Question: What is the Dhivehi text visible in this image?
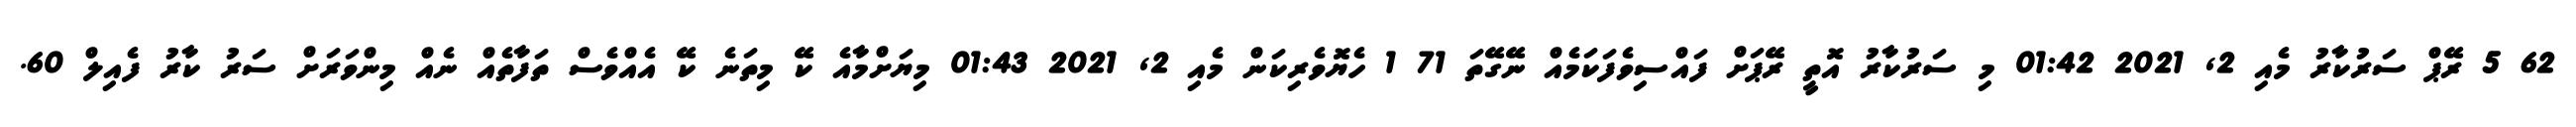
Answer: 62 5 ރޭޕް ސަރުކާރު މެއި 2, 2021 01:42 މި ސަރުކާރު އޮތީ ރޭޕަށް ފައްސިވެފަކަމެއް ނޭގޭތަ 71 1 ހެޔޮވެރިކަން މެއި 2, 2021 01:43 މިޔަށްމާއެ ކޭ މިތަނެ ކޭ އެއްވެސް ތަފާތެއް ނެއް މިންވަރަށް ސަރު ކާރު ފެއިލް 60.